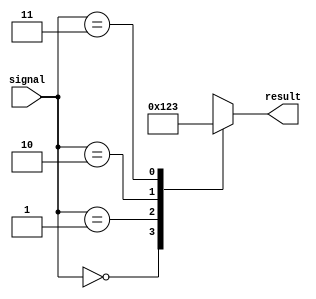
module simple_case_example (
    input wire [1:0] signal,
    output reg [3:0] result
);

always @*
begin
    case (signal)
        2'b00: result = 4'b0000; // if signal is 00
        2'b01: result = 4'b0001; // if signal is 01
        2'b10: result = 4'b0010; // if signal is 10
        2'b11: result = 4'b0011; // if signal is 11
        default: result = 4'b1111; // default case
    endcase
end

endmodule